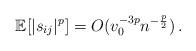
LaTeX: \begin{align*}\mathbb E[|s_{ij}|^p]=O(v_0^{-3p}n^{-\frac{p}{2}})\,.\end{align*}